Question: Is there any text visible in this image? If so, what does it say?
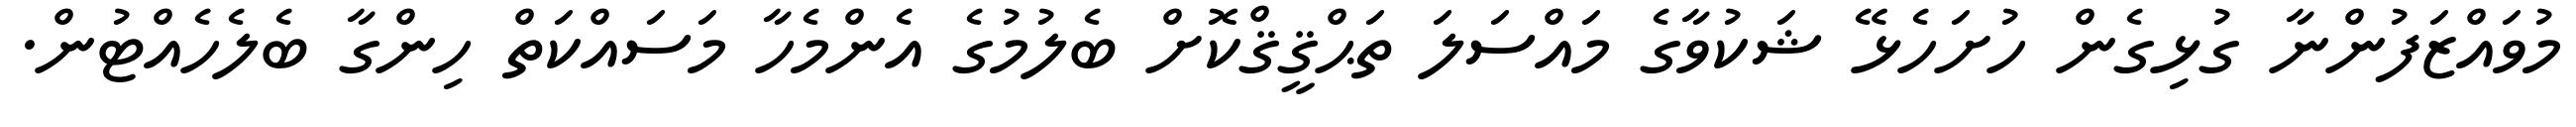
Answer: މުވައްޒަފުންނާ ގުޅިގެން ހުށަހެޅޭ ޝަކުވާގެ މައްސަލަ ތަޙްޤީޤްކޮށް ބެލުމުގެ އެންމެހާ މަސައްކަތް ހިންގާ ބެލެހެއްޓުން.